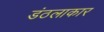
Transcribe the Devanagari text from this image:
डंठलाकार